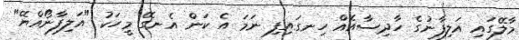
މާލޭގައި އަލިފާނުގެ ހާދިސާއެއް ހިނގައިފި ނަމަ އެ ކަން އެނގޭ މީހަކު "އަލިފާނޯއްޔޭ"